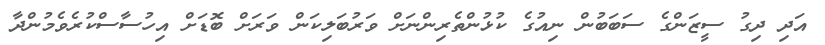
އަދި ދިގު ސީޒަންގެ ސަބަބުން ނިއުގެ ކުޅުންތެރިންނަށް ވަރުބަލިކަން ވަރަށް ބޮޑަށް އިހުސާސްކުރެވެމުންދާ